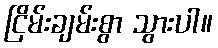
ငြိမ်းချမ်းစွာ သွားပါ။